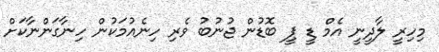
މިހިރީ ލާދީނީ އެމް ޑީ ޕީ ބޮޑުން ޖުނުބު ވެރި ހިނެއުމަކުން ހިނާގަންނާކަށް